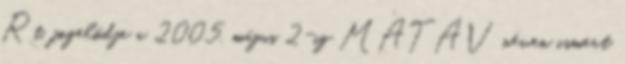
Rt. jogelődje a 2005. május 2-ig MATÁV néven ismert